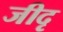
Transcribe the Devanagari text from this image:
जीदृ